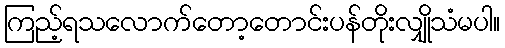
ကြည့်ရသလောက်တော့တောင်းပန်တိုးလျှိုသံမပါ။